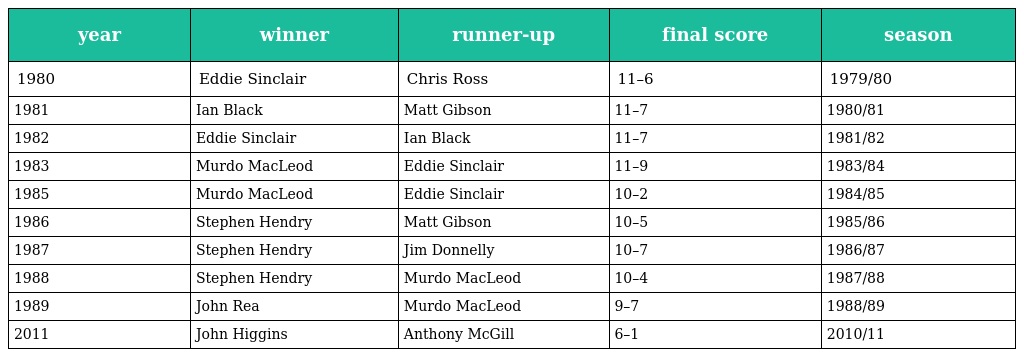
| year | winner | runner-up | final score | season |
 | --- | --- | --- | --- | --- |
 | 1980 | Eddie Sinclair | Chris Ross | 11–6 | 1979/80 |
 | 1981 | Ian Black | Matt Gibson | 11–7 | 1980/81 |
 | 1982 | Eddie Sinclair | Ian Black | 11–7 | 1981/82 |
 | 1983 | Murdo MacLeod | Eddie Sinclair | 11–9 | 1983/84 |
 | 1985 | Murdo MacLeod | Eddie Sinclair | 10–2 | 1984/85 |
 | 1986 | Stephen Hendry | Matt Gibson | 10–5 | 1985/86 |
 | 1987 | Stephen Hendry | Jim Donnelly | 10–7 | 1986/87 |
 | 1988 | Stephen Hendry | Murdo MacLeod | 10–4 | 1987/88 |
 | 1989 | John Rea | Murdo MacLeod | 9–7 | 1988/89 |
 | 2011 | John Higgins | Anthony McGill | 6–1 | 2010/11 |